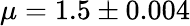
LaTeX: \mu=1.5\pm 0.004